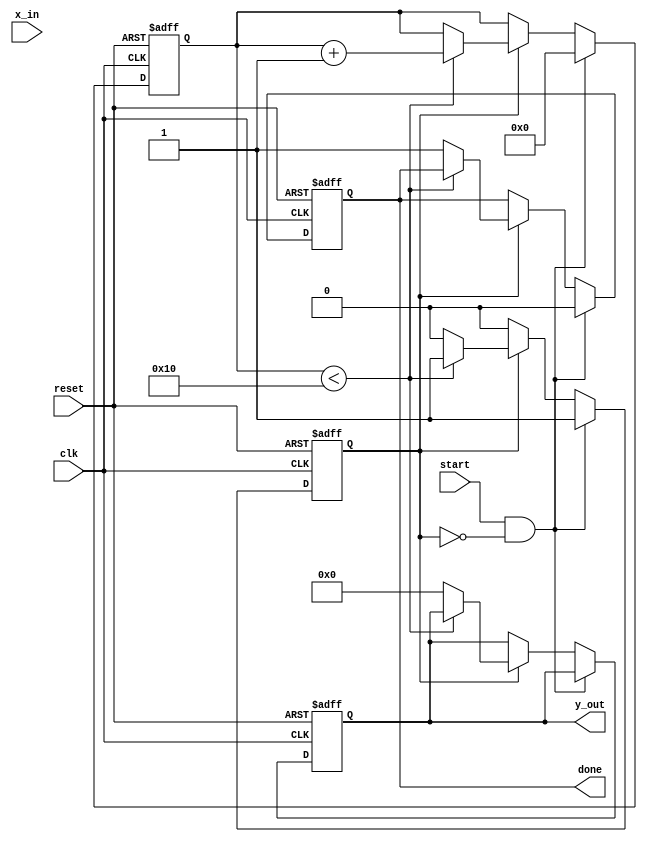
module cordic_exp #(
    parameter ITERATIONS = 16,            // Number of CORDIC iterations
    parameter WIDTH = 16,                  // Bit-width of fixed-point representation
    parameter SCALE_FACTOR = 16'hB1A6     // Example scaling factor (fixed-point representation)
) (
    input wire clk,
    input wire reset,
    input wire start,
    input wire [WIDTH-1:0] x_in,          // Input value (exponent)
    output reg [WIDTH-1:0] y_out,         // Output exponential value
    output reg done                        // Done signal
);

    // Internal signals
    reg [WIDTH-1:0] x[0:ITERATIONS-1];    // x values
    reg [WIDTH-1:0] y[0:ITERATIONS-1];    // y values
    reg [WIDTH-1:0] z[0:ITERATIONS-1];    // z values
    reg [3:0] iteration_count;
    reg computing;

    // CORDIC lookup table for arctan(2^-i) values
    reg [WIDTH-1:0] atan_table [0:ITERATIONS-1];

    initial begin
        // Initialize the arctangent table (fixed-point representation)
        atan_table[0] = 16'h2000; // atan(1) = 0.7854 (approx)
        atan_table[1] = 16'h1400; // atan(1/2) = 0.4636 (approx)
        atan_table[2] = 16'h0A00; // atan(1/4) = 0.2449 (approx)
        // Continue filling in the table for other values
        // ...
        atan_table[15] = 16'h0001; // atan(1/32768) = 1e-5 (approx)
    end

    always @(posedge clk or posedge reset) begin
        if (reset) begin
            // Reset state
            iteration_count <= 0;
            computing <= 0;
            done <= 0;
            y_out <= 0;
        end else if (start && !computing) begin
            // Initialize CORDIC variables
            x[0] <= x_in;                    // Initial x value
            y[0] <= 16'h0000;                // Initial y value (0)
            z[0] <= x_in;                    // Initial z value (input exponent)
            iteration_count <= 0;
            computing <= 1;
            done <= 0;
        end else if (computing) begin
            // CORDIC iteration logic
            if (iteration_count < ITERATIONS) begin
                if (z[iteration_count] < 0) begin
                    // Rotate in negative direction
                    x[iteration_count + 1] <= x[iteration_count] + (y[iteration_count] >>> iteration_count);
                    y[iteration_count + 1] <= y[iteration_count] - (x[iteration_count] >>> iteration_count);
                    z[iteration_count + 1] <= z[iteration_count] + atan_table[iteration_count];
                end else begin
                    // Rotate in positive direction
                    x[iteration_count + 1] <= x[iteration_count] - (y[iteration_count] >>> iteration_count);
                    y[iteration_count + 1] <= y[iteration_count] + (x[iteration_count] >>> iteration_count);
                    z[iteration_count + 1] <= z[iteration_count] - atan_table[iteration_count];
                end
                iteration_count <= iteration_count + 1;
            end else begin
                // Finished all iterations
                y_out <= y[ITERATIONS];       // Output result
                y_out <= (y[ITERATIONS] * SCALE_FACTOR) >> WIDTH; // Apply scaling
                done <= 1;
                computing <= 0;
            end
        end
    end
endmodule